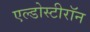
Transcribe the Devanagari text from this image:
एल्डोस्टीरॉन